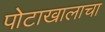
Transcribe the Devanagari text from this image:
पोटाखालाचा